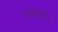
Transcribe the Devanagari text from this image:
आडवाटा